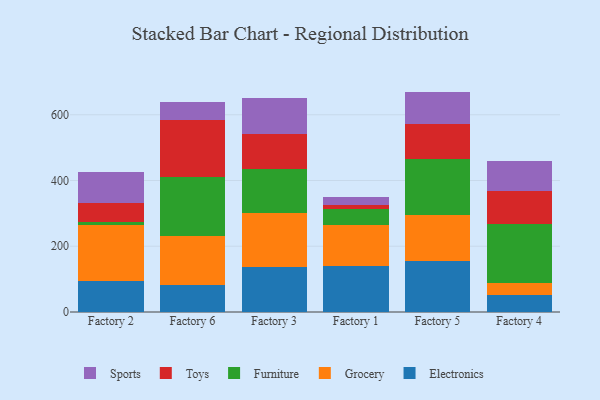
{"axis": {"x": "Factory", "y": "Humidity (%)"}, "legend": ["Electronics", "Furniture", "Grocery", "Sports", "Toys"], "data": [{"x": "Factory 2", "y": 93.6, "type": "Electronics"}, {"x": "Factory 2", "y": 172.2, "type": "Grocery"}, {"x": "Factory 2", "y": 9.4, "type": "Furniture"}, {"x": "Factory 2", "y": 55.7, "type": "Toys"}, {"x": "Factory 2", "y": 95.3, "type": "Sports"}, {"x": "Factory 6", "y": 83.6, "type": "Electronics"}, {"x": "Factory 6", "y": 149.1, "type": "Grocery"}, {"x": "Factory 6", "y": 178.5, "type": "Furniture"}, {"x": "Factory 6", "y": 173.9, "type": "Toys"}, {"x": "Factory 6", "y": 54.3, "type": "Sports"}, {"x": "Factory 3", "y": 137.6, "type": "Electronics"}, {"x": "Factory 3", "y": 164.7, "type": "Grocery"}, {"x": "Factory 3", "y": 131.7, "type": "Furniture"}, {"x": "Factory 3", "y": 107.9, "type": "Toys"}, {"x": "Factory 3", "y": 108.1, "type": "Sports"}, {"x": "Factory 1", "y": 138.9, "type": "Electronics"}, {"x": "Factory 1", "y": 124.5, "type": "Grocery"}, {"x": "Factory 1", "y": 50.4, "type": "Furniture"}, {"x": "Factory 1", "y": 11.5, "type": "Toys"}, {"x": "Factory 1", "y": 25.9, "type": "Sports"}, {"x": "Factory 5", "y": 155.5, "type": "Electronics"}, {"x": "Factory 5", "y": 140.8, "type": "Grocery"}, {"x": "Factory 5", "y": 168.6, "type": "Furniture"}, {"x": "Factory 5", "y": 106.7, "type": "Toys"}, {"x": "Factory 5", "y": 98.8, "type": "Sports"}, {"x": "Factory 4", "y": 50.6, "type": "Electronics"}, {"x": "Factory 4", "y": 38.9, "type": "Grocery"}, {"x": "Factory 4", "y": 178.7, "type": "Furniture"}, {"x": "Factory 4", "y": 99.5, "type": "Toys"}, {"x": "Factory 4", "y": 90.5, "type": "Sports"}]}